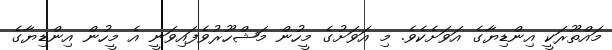
މައްތޫރަކީ އިންޑިޔާގެ އަވަށެކެވެ. މި އަވަށުގެ މީހުން މަޝްހޫރުވެފައިވަނީ އެ މީހުން އިންޑިޔާގެ